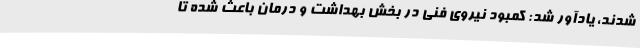
شدند، یادآور شد: کمبود نیروی فنی در بخش بهداشت و درمان باعث شده تا